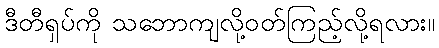
ဒီတီရှပ်ကို သဘောကျလို့ဝတ်ကြည့်လို့ရလား။